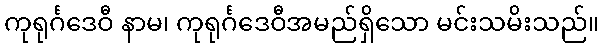
ကုရုင်္ဂဒေဝီ နာမ၊ ကုရုင်္ဂဒေဝီအမည်ရှိသော မင်းသမိးသည်။